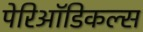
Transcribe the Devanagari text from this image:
पेरिऑडिकल्स